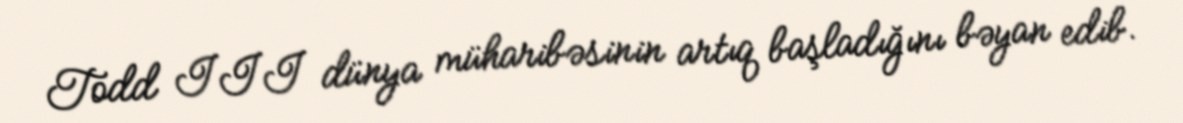
Todd III dünya müharibəsinin artıq başladığını bəyan edib.